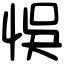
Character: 悞